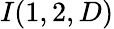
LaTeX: I(1,2,D)